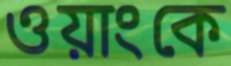
ওয়াংকে